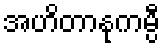
အဟိတာနုကမ္ပီ